Indian journal of veterinary science and animal husbandry - Volume 7,
Year: 1937
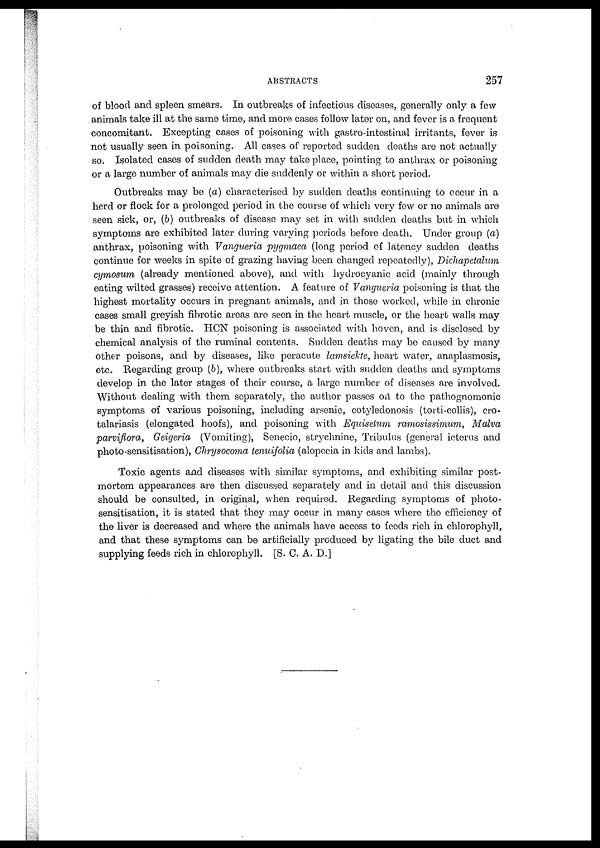
ABSTRACTS
257
of blood and spleen smears. In outbreaks of infectious diseases, generally only a few
animals take ill at the same time, and more cases follow later on, and fever is a frequent
concomitant. Excepting cases of poisoning with gastro-intestinal irritants, fever is
not usually seen in poisoning. All cases of reported sudden deaths are not actually
so. Isolated cases of sudden death may take place, pointing to anthrax or poisoning
or a large number of animals may die suddenly or within a short period.
Outbreaks may be (a) characterised by sudden deaths continuing to occur in a
herd or flock for a prolonged period in the course of which very few or no animals are
seen sick, or, (b) outbreaks of disease may set in with sudden deaths but in which
symptoms are exhibited later during varying periods before death. Under group (a)
anthrax, poisoning with Vangueria pygmaea (long period of latency sudden deaths
continue for weeks in spite of grazing having been changed repeatedly), Dichapetalum
cymosum (already mentioned above), and with hydrocyanic acid (mainly through
eating wilted grasses) receive attention. A feature of Vangueria poisoning is that the
highest mortality occurs in pregnant animals, and in those worked, while in chronic
cases small greyish fibrotic areas are seen in the heart muscle, or the heart walls may
be thin and fibrotic. HCN poisoning is associated with hoven, and is disclosed by
chemical analysis of the ruminal contents. Sudden deaths may be caused by many
other poisons, and by diseases, like peracute lamsiekte, heart water, anaplasmosis,
etc. Regarding group (b), where outbreaks start with sudden deaths and symptoms
develop in the later stages of their course, a large number of diseases are involved.
Without dealing with them separately, the author passes on to the pathognomonic
symptoms of various poisoning, including arsenic, cotyledonosis (torti-collis), cro¬
talariasis (elongated hoofs), and poisoning with Equisetum ramosissimum, Malva
parviflora, Geigeria (Vomiting), Senecio, strychnine, Tribulus (general icterus and
photo-sensitisation), Chrysocoma tenuifolia (alopecia in kids and lambs).
Toxic agents and diseases with similar symptoms, and exhibiting similar post-
mortem appearances are then discussed separately and in detail and this discussion
should be consulted, in original, when required. Regarding symptoms of photo¬
sensitisation, it is stated that they may occur in many cases where the efficiency of
the liver is decreased and where the animals have access to feeds rich in chlorophyll,
and that these symptoms can be artificially produced by ligating the bile duct and
supplying feeds rich in chlorophyll. [S. C. A. D.]